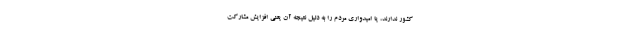
کشور ندارند، یا امیدواری مردم را به دلیل نتیجه آن یعنی افزایش مشارکت